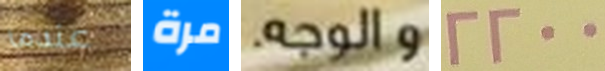
عندما مرة والوجه. 2200